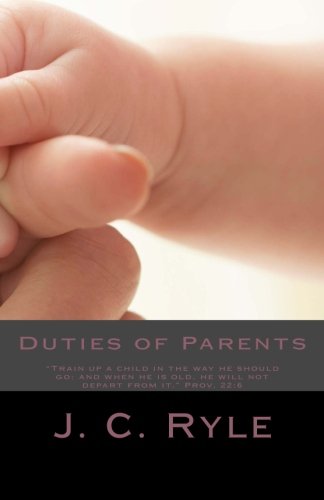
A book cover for Duties of Parents; J. C. Ryle; Christian Books & Bibles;